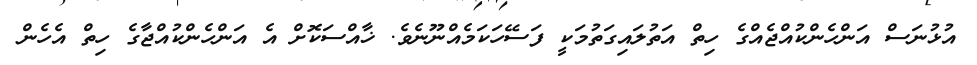
އުޅުނަސް އަންހެންކުއްޖެއްގެ ހިތް އަތުލައިގަތުމަކީ ފަސޭހަކަމެއްނޫނެވެ. ޚާއްސަކޮށް އެ އަންހެންކުއްޖާގެ ހިތް އެހެން